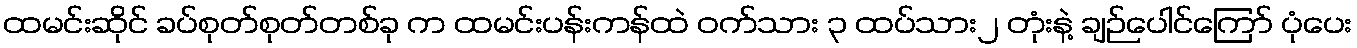
ထမင်းဆိုင် ခပ်စုတ်စုတ်တစ်ခု က ထမင်းပန်းကန်ထဲ ဝက်သား ၃ ထပ်သား၂ တုံးနဲ့ ချဉ်ပေါင်ကြော် ပုံပေး